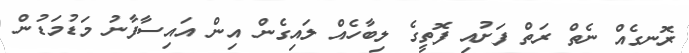
ރޮނގެއް ނެތް ރަތް ފަށުއި ފޮތީގެ ލިބާހެއް ލައިގެން އިން އައިސާފާނު މަޑުމަޑުން